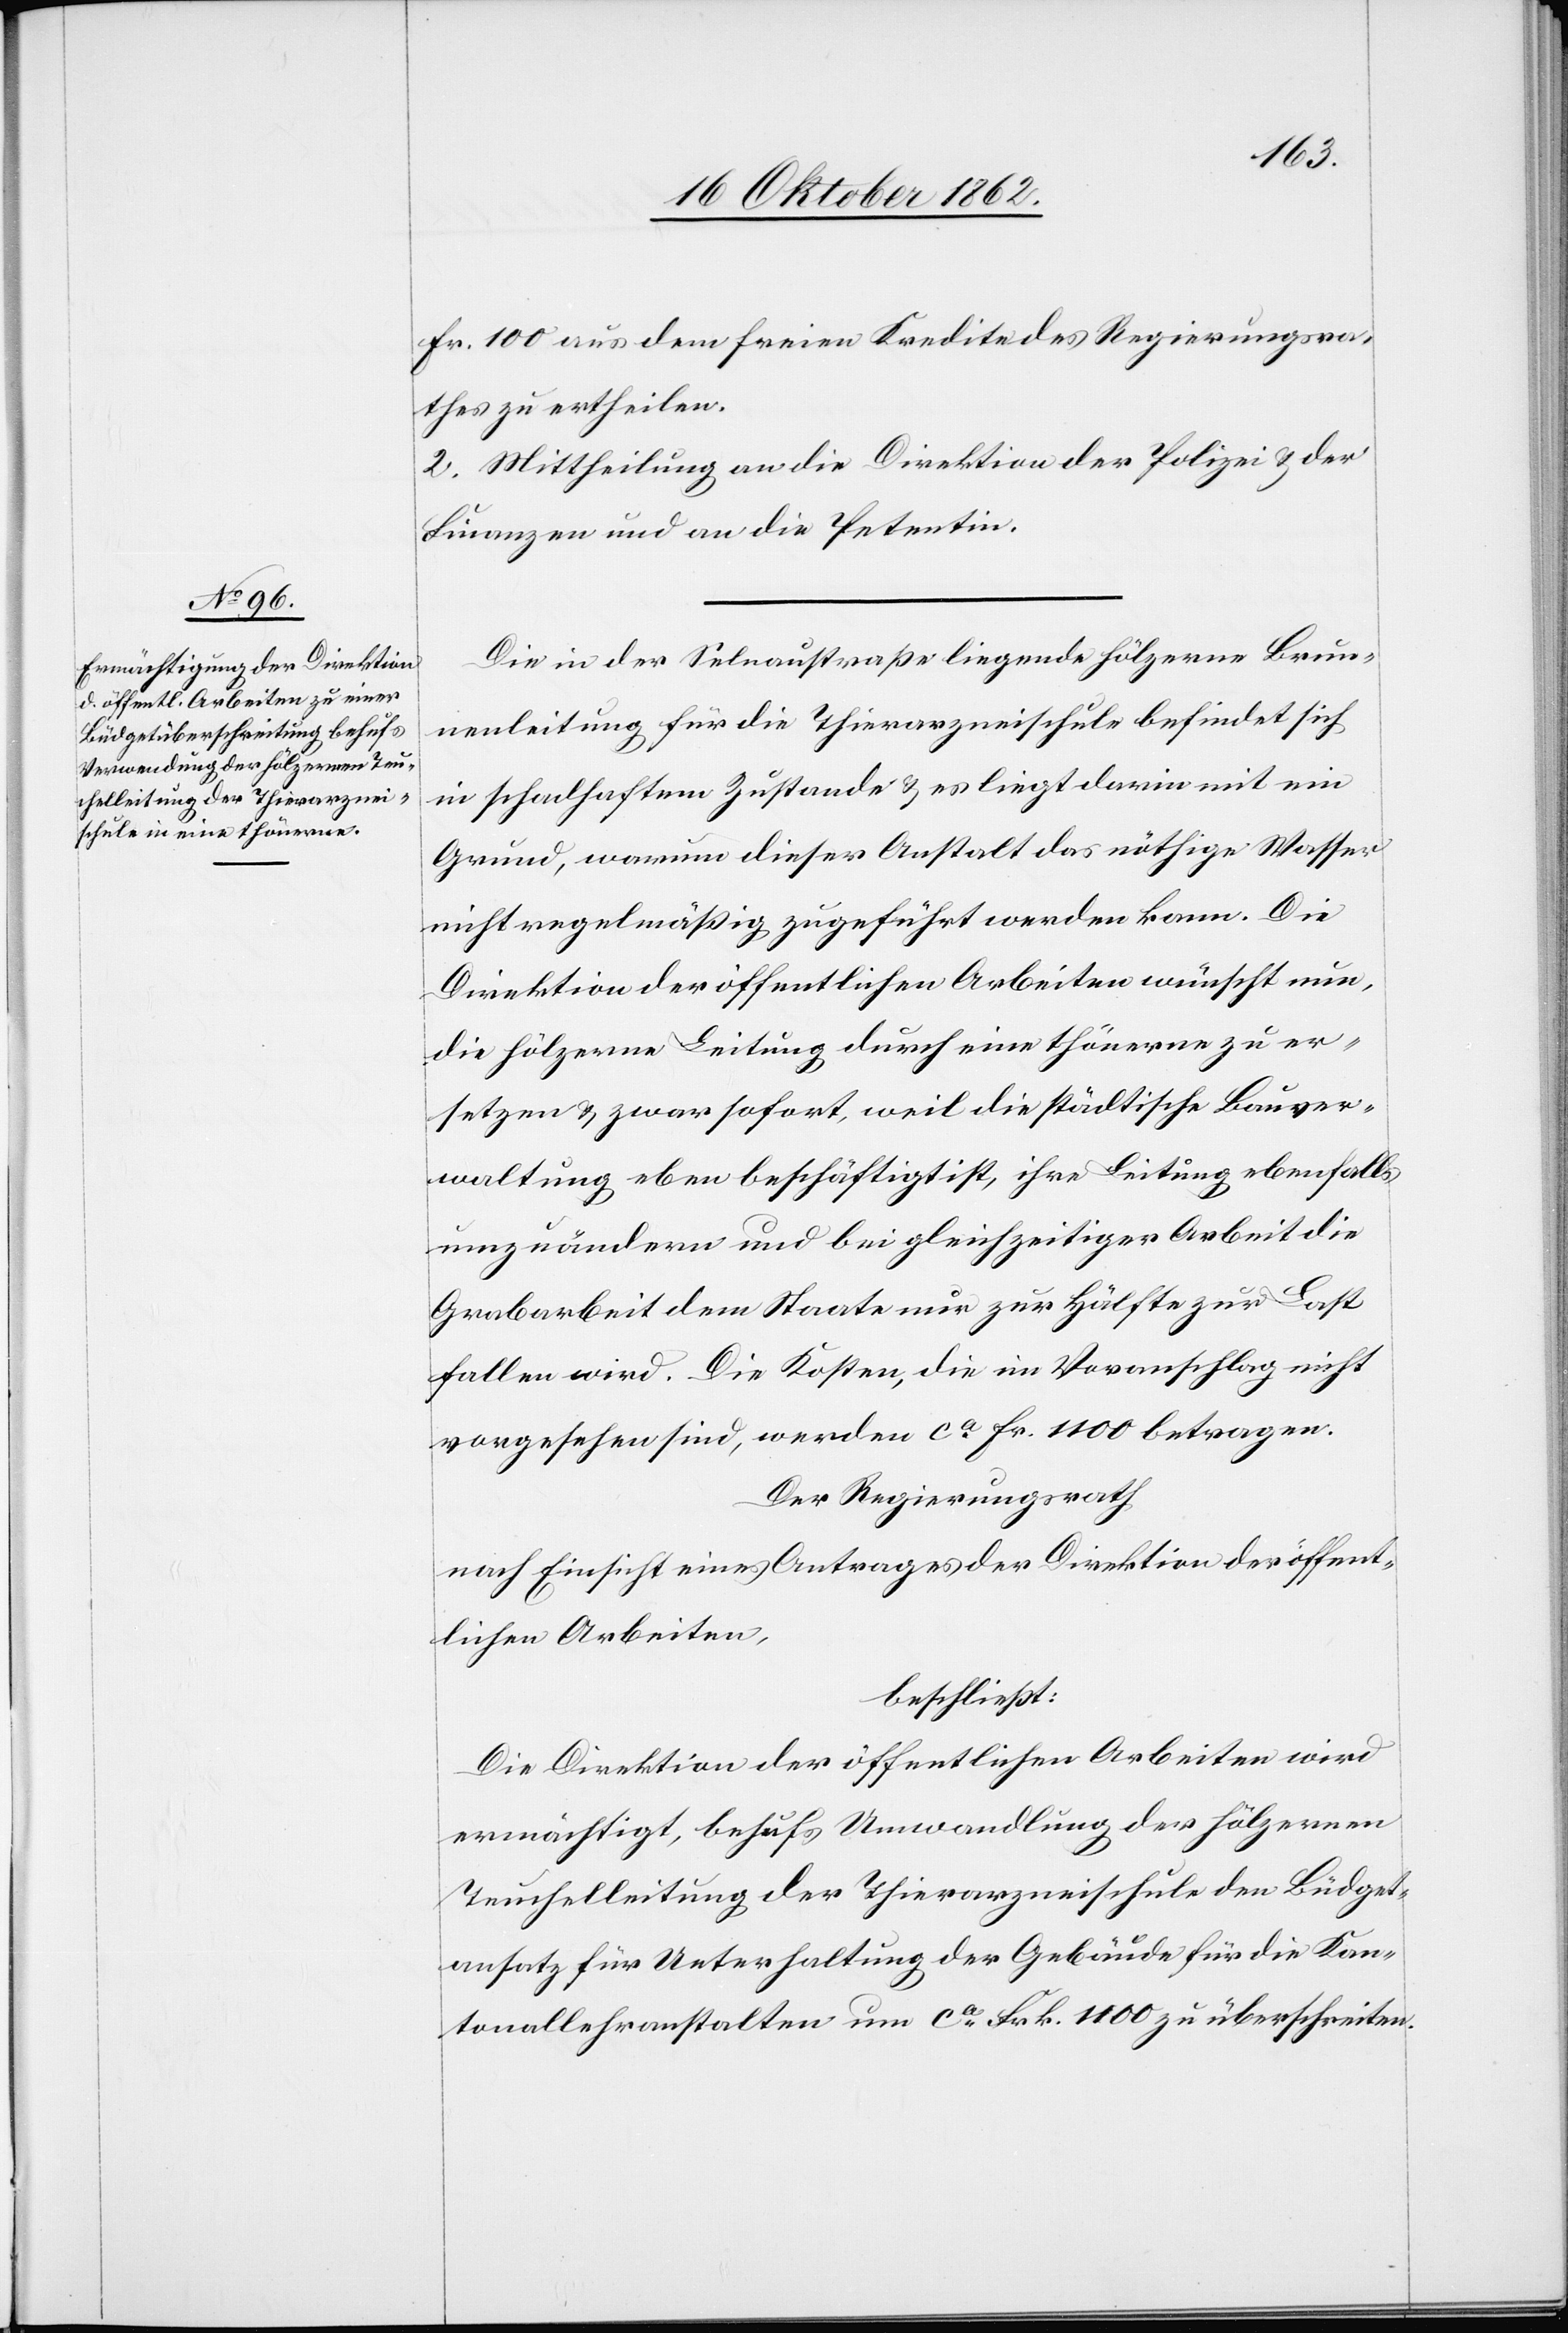
Fr. 100 aus dem freien Kredite des Regierungsra¬
thes zu ertheilen.
2. Mittheilung an die Direktion der Polizei u. der
Finanzen und an die Petentin.
Die in der Selnaustraße liegende hölzerne Brun¬
nenleitung für die Thierarzneischule befindet sich
in schadhaftem Zustande u. es liegt darin mit ein
Grund, warum dieser Anstalt das nöthige Wasser
nicht regelmäßig zugeführt werden kann. Die
Direktion der öffentlichen Arbeiten wünscht nun,
die hölzerne Leitung durch eine thönerne zu er¬
setzen u. zwar sofort, weil die städtische Bauver¬
waltung eben beschäftigt ist, ihre Leitung ebenfalls
umzuändern und bei gleichzeitiger Arbeit die
Grabarbeit dem State nur zur Hälfte zur Last
fallen wird. Die Kosten, die im Voranschlag nicht
vorgesehen sind, werden ca Fr. 1100 betragen.
Der Regierungsrath
nach Ansicht eines Antrages der Direktion der öffent¬
lichen Arbeiten,
beschließt:
Die Direktion der öffentlichen Arbeiten wird
ermächtigt, behufs Umwandlung der hölzernen
Teuchelleitung der Thierarzneischule den Büdget¬
ansatz für Unterhaltung der Gebäude für die Kan¬
tonallehranstalten um ca. Frk. 1100 zu überschreiten.